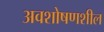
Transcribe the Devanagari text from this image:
अवशोषणशील